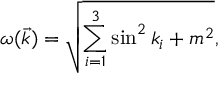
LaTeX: \omega ( \vec { k } ) = \sqrt { \sum _ { i = 1 } ^ { 3 } \sin ^ { 2 } k _ { i } + m ^ { 2 } } ,